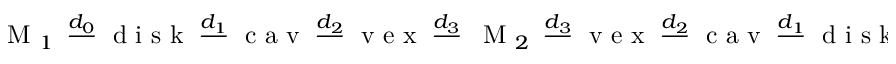
\mathrm { ~ M ~ } _ { 1 } ~ \overset { d _ { 0 } } { \mathrm { ~ \textemdash ~ } } \mathrm { ~ d ~ i ~ s ~ k ~ } \overset { d _ { 1 } } { \mathrm { ~ \textemdash ~ } } \mathrm { ~ c ~ a ~ v ~ } \overset { d _ { 2 } } { \mathrm { ~ \textemdash ~ } } \mathrm { ~ v ~ e ~ x ~ } \overset { d _ { 3 } } { \mathrm { ~ \textemdash ~ } } ~ \mathrm { ~ M ~ } _ { 2 } ~ \overset { d _ { 3 } } { \mathrm { ~ \textemdash ~ } } \mathrm { ~ v ~ e ~ x ~ } \overset { d _ { 2 } } { \mathrm { ~ \textemdash ~ } } \mathrm { ~ c ~ a ~ v ~ } \overset { d _ { 1 } } { \mathrm { ~ \textemdash ~ } } \mathrm { ~ d ~ i ~ s ~ k ~ } \overset { d _ { 0 } } { \mathrm { ~ \textemdash ~ } } ~ \mathrm { ~ M ~ } _ { 1 } ,